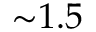
{ \sim } 1 . 5